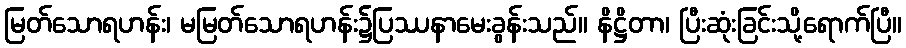
မြတ်သောရဟန်း၊ မမြတ်သောရဟန်း၌ပြဿနာမေးခွန်းသည်။ နိဋ္ဌိတာ၊ ပြီးဆုံးခြင်းသို့ရောက်ပြီ။